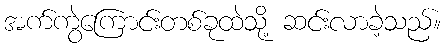
အက်ကွဲကြောင်းတစ်ခုထဲသို့ ဆင်းလာခဲ့သည်။